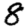
Digit: 8